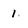
Character: 1